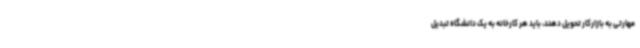
مهارتی به بازارکار تحویل دهند، باید هر کارخانه به یک دانشگاه تبدیل